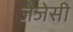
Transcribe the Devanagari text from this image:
जेजेसी